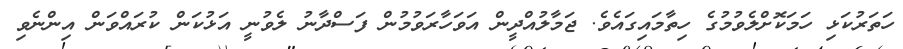
ހަތަރުކަޅި ހަމަކޮށްލެވުމުގެ ހިތާމައިގައެވެ. ޖަމާލުއްދީން އަވަހާރަވުމުން ފަސްދާނު ލެވުނީ އަޅުކަން ކުރައްވަން އިންނެވި